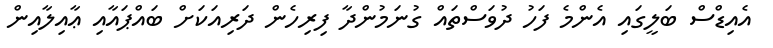
އެއިޑްސް ބަލީގައި އެންމެ ފަހު ދުވަސްތައް ގުނަމުންދާ ފިރިހެން ދަރިއަކަށް ބައްޕައާއި ޢާއިލާއިން